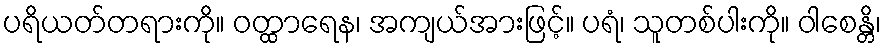
ပရိယတ်တရားကို။ ဝတ္ထာရေန၊ အကျယ်အားဖြင့်။ ပရံ၊ သူတစ်ပါးကို။ ဝါစေန္တိ၊